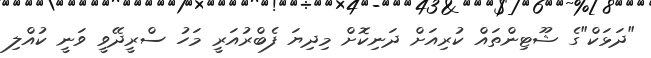
"ދަޅަކް"ގެ ޝޫޓިންތައް ކުރިއަށް ދަނިކޮށް މިދިޔަ ފެބްރުއަރީ މަހު ސްރީދޭވީ ވަނީ ކުއްލި